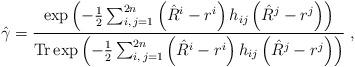
LaTeX: \begin{align*}\hat{\gamma} = \frac{\exp\left(-\frac{1}{2}\sum_{i,\,j=1}^{2n}\left(\hat{R}^i-r^i\right)h_{ij}\left(\hat{R}^j-r^j\right)\right)} {\mathrm{Tr}\exp\left(-\frac{1}{2}\sum_{i,\,j=1}^{2n}\left(\hat{R}^i-r^i\right)h_{ij}\left(\hat{R}^j-r^j\right)\right)}\;,\end{align*}